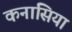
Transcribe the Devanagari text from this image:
कनासिया